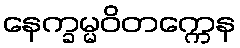
နေက္ခမ္မဝိတက္ကေန